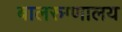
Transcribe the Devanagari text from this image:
बालरुग्णालय